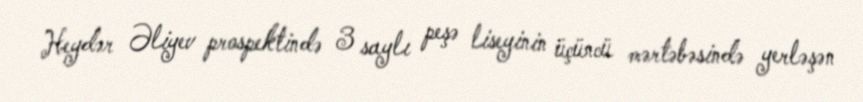
Heydər Əliyev prospektində 3 saylı peşə liseyinin üçüncü mərtəbəsində yerləşən